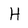
Character: H